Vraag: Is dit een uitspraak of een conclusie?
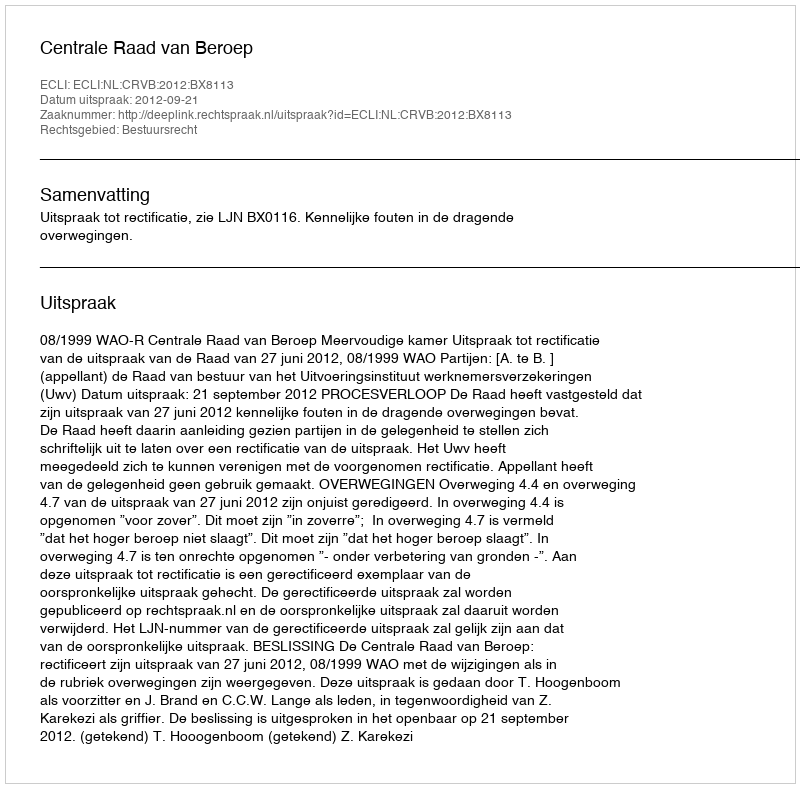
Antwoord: Uitspraak